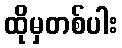
ထိုမှတစ်ပါး